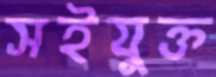
সইযুক্ত